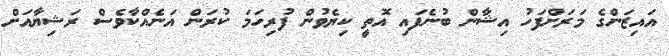
އައިޒަންގެ މަރަށްފަހު އިޝާން ބުނެފައި އޮތީ ކިޔެވުން ފުރިހަމަ ކުރަން އަނެއްކާވެސް ރަޝިޔާއަށް